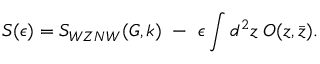
S ( \epsilon ) = S _ { W Z N W } ( G , k ) ~ - ~ \epsilon \int d ^ { 2 } z \; O ( z , \bar { z } ) .